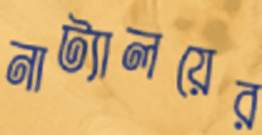
নাট্যালয়ের